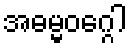
အဓမ္မဝဂ္ဂေါ